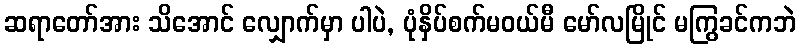
ဆရာတော်အား သိအောင် လျှောက်မှာ ပါပဲ, ပုံနှိပ်စက်မဝယ်မီ မော်လမြိုင် မကြွခင်ကဘဲ